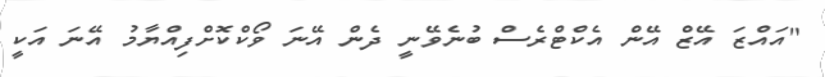
"އައްޒަ އޭޒް އޭން އެކްޓްރެސް ބުނެވޭނީ ދެން އޭނަ ވޯކްކޮށްފިއްޔާމު އޭނަ އަކީ